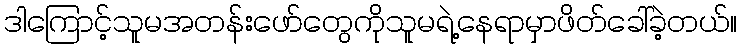
ဒါကြောင့်သူမအတန်းဖော်တွေကိုသူမရဲ့နေရာမှာဖိတ်ခေါ်ခဲ့တယ်။